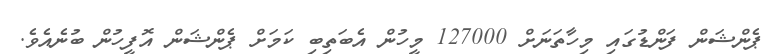
ޕެންޝަން ފަންޑުގައި މިހާތަނަށް 127000 މީހުން އެބަތިބި ކަމަށް ޕެންޝަން އޮފީހުން ބުނެއެވެ.